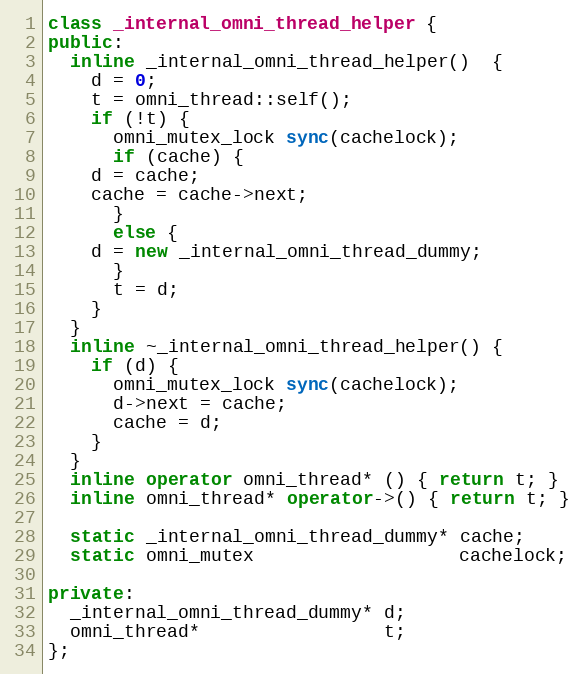
Language: C++
class _internal_omni_thread_helper {
public:
  inline _internal_omni_thread_helper()  {
    d = 0;
    t = omni_thread::self();
    if (!t) {
      omni_mutex_lock sync(cachelock);
      if (cache) {
	d = cache;
	cache = cache->next;
      }
      else {
	d = new _internal_omni_thread_dummy;
      }
      t = d;
    }
  }
  inline ~_internal_omni_thread_helper() {
    if (d) {
      omni_mutex_lock sync(cachelock);
      d->next = cache;
      cache = d;
    }
  }
  inline operator omni_thread* () { return t; }
  inline omni_thread* operator->() { return t; }

  static _internal_omni_thread_dummy* cache;
  static omni_mutex                   cachelock;

private:
  _internal_omni_thread_dummy* d;
  omni_thread*                 t;
};